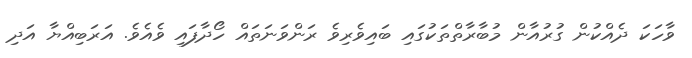
ވާހަކަ ދެއްކުން ގުރުއާން މުބާރާތްތަކުގައި ބައިވެރިވެ ރަންވަނަތައް ހޯދާފައި ވެއެވެ. އަރަބިއްޔާ އަދި